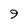
Character: 9